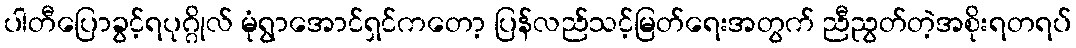
ပါတီပြောခွင့်ရပုဂ္ဂိုလ် မုံရွာအောင်ရှင်ကတော့ ပြန်လည်သင့်မြတ်ရေးအတွက် ညီညွတ်တဲ့အစိုးရတရပ်